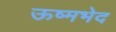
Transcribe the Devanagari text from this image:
ऊष्मभेद